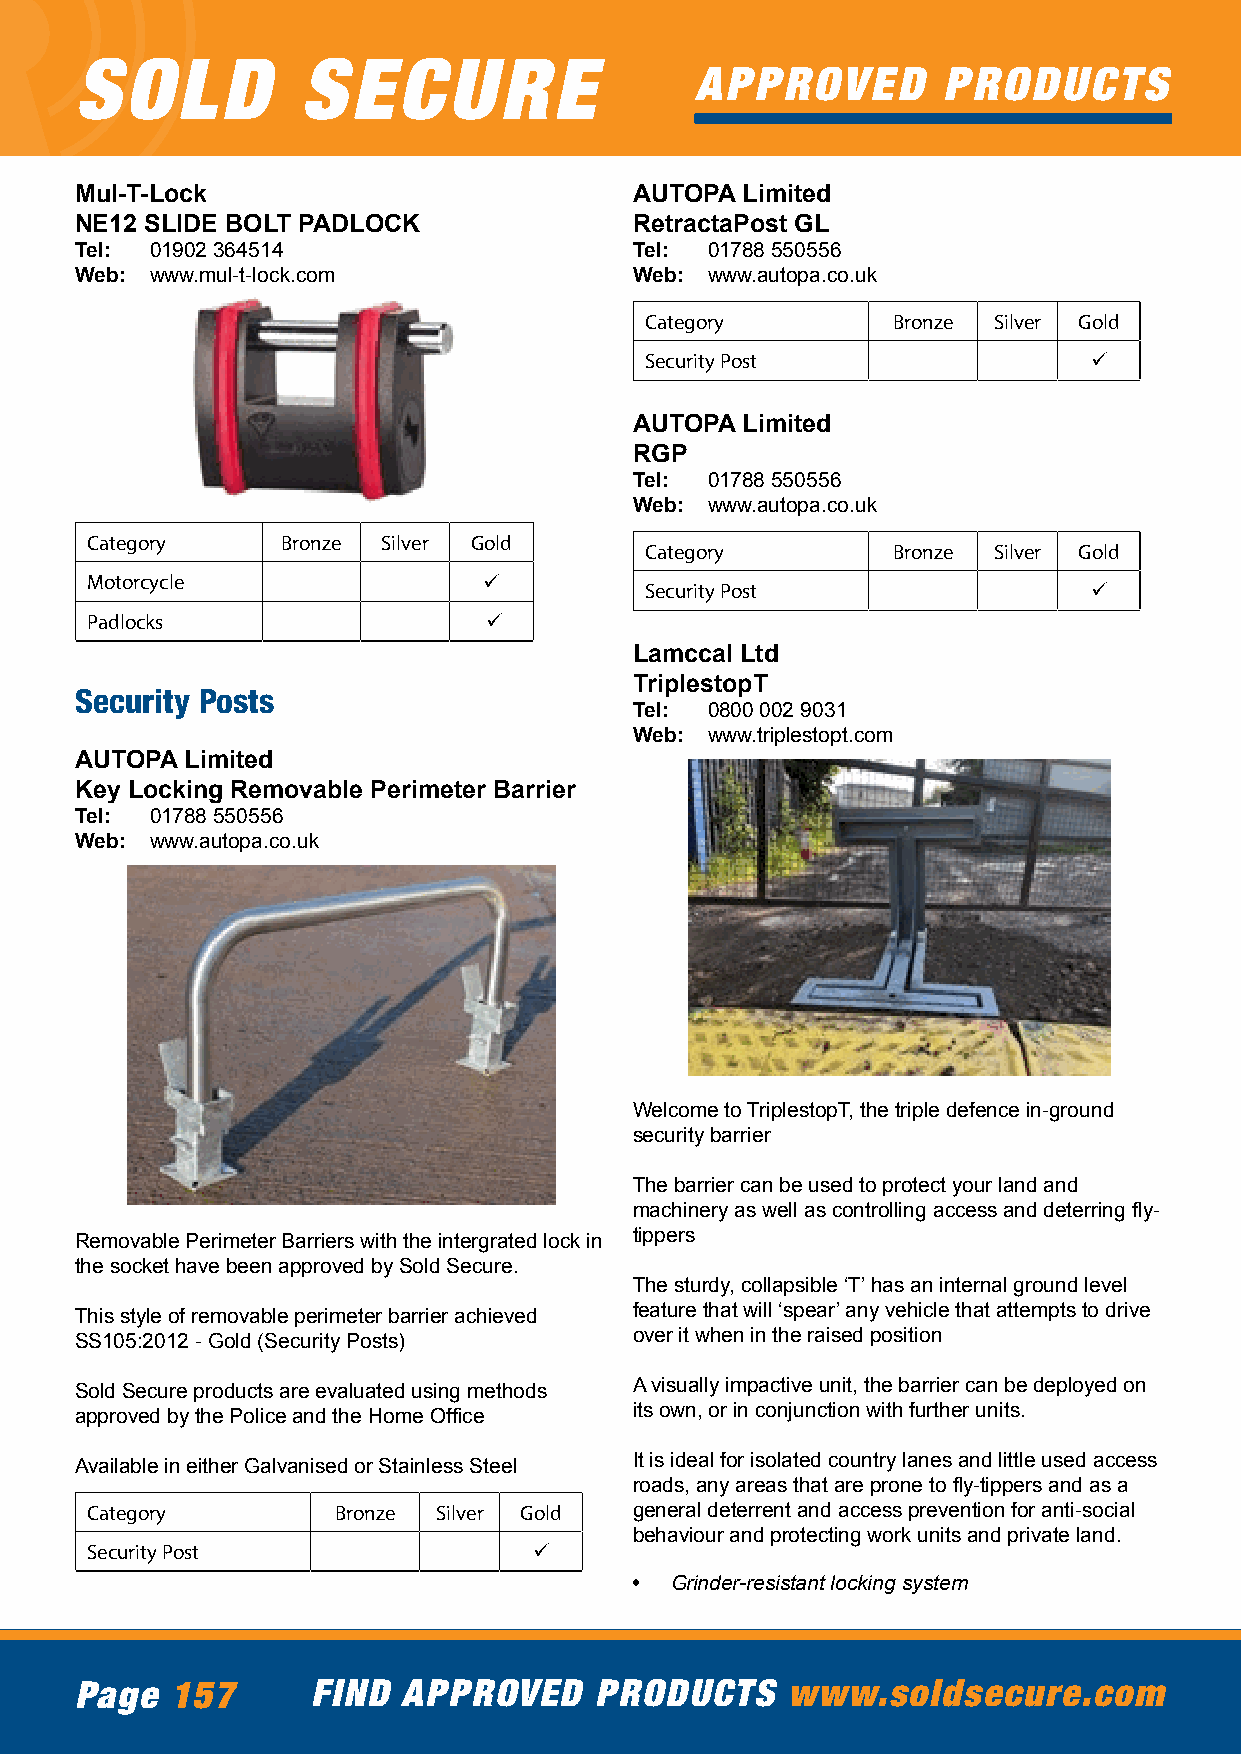
SOLD           SECURE
 APPROVED        PRODUCTS
 Mul-T-Lock                           AUTOPA Limited
 NE12 SLIDE BOLT PADLOCK              RetractaPost GL
 Tel: 01902 364514                    Tel: 01788 550556
 Web: www.mul-t-lock.com              Web: www.autopa.co.uk
 Category        Bronze Silver Gold
 Security Post                ü
 AUTOPA Limited
 RGP
 Tel: 01788 550556
 Web: www.autopa.co.uk
 Category     Bronze Silver Gold
 Category        Bronze Silver Gold
 Motorcycle                ü
 Security Post                ü
 Padlocks                  ü
 Lamccal Ltd
 TriplestopT
 Security Posts
 Tel: 0800 002 9031
 Web: www.triplestopt.com
 AUTOPA Limited
 Key Locking Removable Perimeter Barrier
 Tel: 01788 550556
 Web: www.autopa.co.uk
 Welcome to TriplestopT, the triple defence in-ground
 security barrier
 The barrier can be used to protect your land and
 machinery as well as controlling access and deterring fly-
 Removable Perimeter Barriers with the intergrated lock in tippers
 the socket have been approved by Sold Secure.
 The sturdy, collapsible ‘T’ has an internal ground level
 This style of removable perimeter barrier achieved feature that will ‘spear’ any vehicle that attempts to drive
 SS105:2012 - Gold (Security Posts)   over it when in the raised position
 Sold Secure products are evaluated using methods A visually impactive unit, the barrier can be deployed on
 approved by the Police and the Home Office its own, or in conjunction with further units.
 Available in either Galvanised or Stainless Steel It is ideal for isolated country lanes and little used access
 roads, any areas that are prone to fly-tippers and as a
 Category        Bronze Silver Gold  general deterrent and access prevention for anti-social
 behaviour and protecting work units and private land.
 Security Post                ü
 • Grinder-resistant locking system
 Page  157       FIND  APPROVED    PRODUCTS     www.soldsecure.com